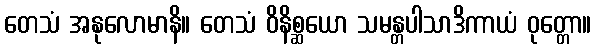
တေသံ အနုလောမာနိ။ တေသံ ဝိနိစ္ဆယော သမန္တပါသာဒိကာယံ ဝုတ္တော။